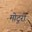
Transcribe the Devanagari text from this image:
मोटुरी